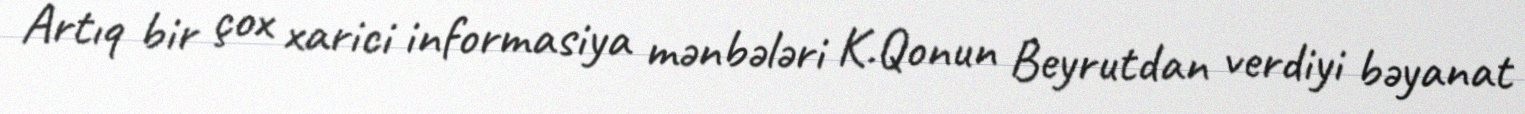
Artıq bir çox xarici informasiya mənbələri K.Qonun Beyrutdan verdiyi bəyanat